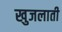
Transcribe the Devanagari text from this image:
खुजलाती